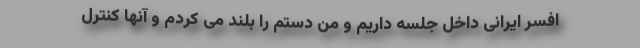
افسر ایرانی داخل جلسه داریم و من دستم را بلند می کردم و آنها کنترل